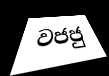
වජජු